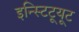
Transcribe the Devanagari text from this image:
इन्स्टिटूयूट